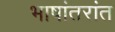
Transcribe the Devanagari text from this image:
भाषांतरांत